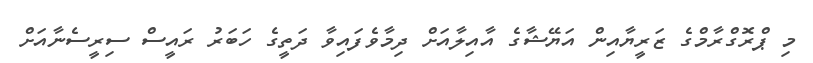
މި ޕްރޮގްރާމްގެ ޒަރީޔާއިން އަޔޭޝާގެ އާއިލާއަށް ދިމާވެފައިވާ ދަތީގެ ހަބަރު ރައީސް ސިރީސެނާއަށް